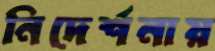
নিদের্শনায়